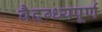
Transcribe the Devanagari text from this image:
वैदग्ध्यपूर्ण